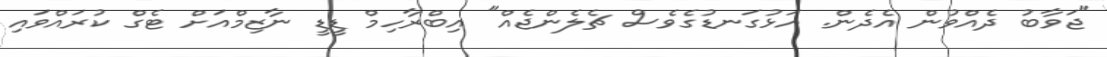
"ޖަވާބު ދެއްވުން އެދެން. އަޅުގަނޑުގެވެސް ޗެލެންޖެއް" އިބްރާހިމް ޑީޑީ ނާޒިމްއަށް ޓެގް ކުރައްވައި